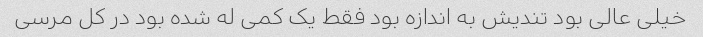
خیلی عالی بود تندیش به اندازه بود فقط یک کمی له شده بود در کل مرسی